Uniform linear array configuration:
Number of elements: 8
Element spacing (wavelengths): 1
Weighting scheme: hamming
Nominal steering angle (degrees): -15
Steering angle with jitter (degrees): -13.117
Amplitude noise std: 0.05
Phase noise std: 0.05

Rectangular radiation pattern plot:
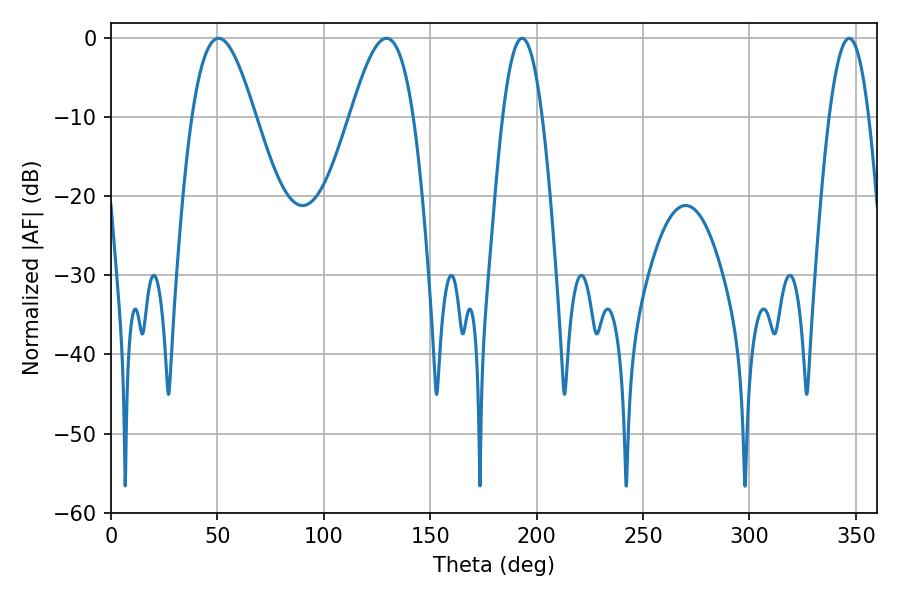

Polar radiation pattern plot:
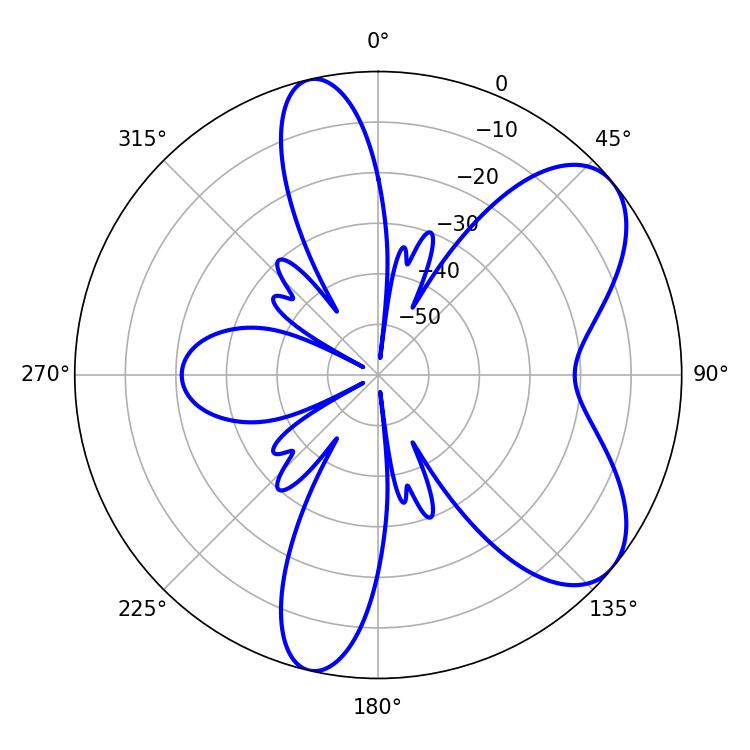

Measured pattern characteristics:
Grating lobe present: TRUE
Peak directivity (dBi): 7.061
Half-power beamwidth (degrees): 16.02
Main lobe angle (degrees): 50.58